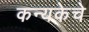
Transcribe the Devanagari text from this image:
कन्यकेचे